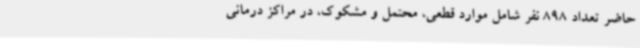
حاضر تعداد 898 نفر شامل موارد قطعی، محتمل و مشکوک، در مراکز درمانی